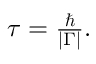
\begin{array} { r } { \tau = \frac { \hbar } { | { \Gamma } | } . } \end{array}